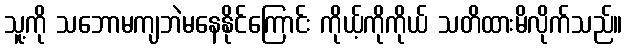
သူ့ကို သဘောမကျဘဲမနေနိုင်ကြောင်း ကိုယ့်ကိုကိုယ် သတိထားမိလိုက်သည်။